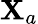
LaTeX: \mathbf{X}_{a}